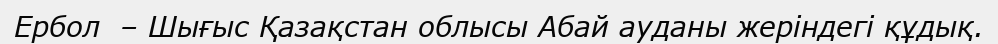
Ербол  – Шығыс Қазақстан облысы Абай ауданы жеріндегі құдық.